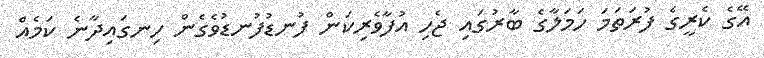
އޭގެ ކެރީގެ ފުރަތަމަ ހަމަލާގެ ބާރުގައި ޖެހި އުފާވެރިކަން ފުނޑުފުނޑުވެގެން ހިނގައިދާނެ ކަމެއް